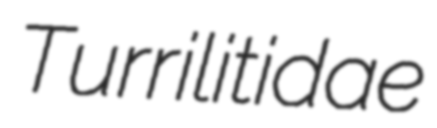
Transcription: Turrilitidae